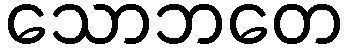
သောဘတေ